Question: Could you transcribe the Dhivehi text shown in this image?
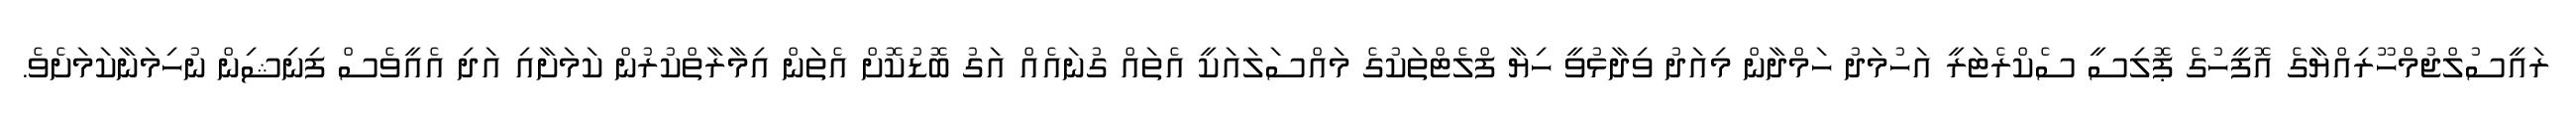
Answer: ރައީސުލްޖުމްހޫރިއްޔާގެ އޮފީހުގެ ޕޮލިސީ ސެކްރެޓަރީ އަހުމަދު ހަމްދާން މިއަދު ވިދާޅުވީ ހިޔާ ފްލެޓްތަކުގެ މައްސަލައަކީ އެތައް ގުނައެއް އަގު ބޮޑުކޮށް އެތަން އިމާރާތްކުރުން ކަމަށާއި އަދި އެއީވެސް ފިނިޝިން ނުހިމަނާކަމަށެވެ.